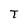
Character: t